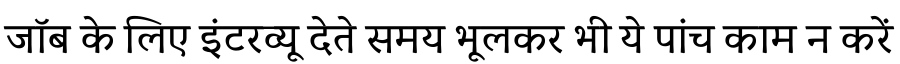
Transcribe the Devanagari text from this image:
जॉब के लिए इंटरव्यू देते समय भूलकर भी ये पांच काम न करें